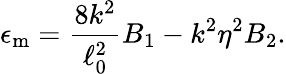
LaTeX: \epsilon_{\mathrm{m}}={\frac{8k^{2}}{\ell_{0}^{2}}}B_{1}-k^{2}\eta^{2}B_{2}.